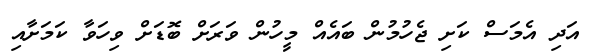
އަދި އެމަސް ކަށި ޖެހުމުން ބައެއް މީހުން ވަރަށް ބޮޑަށް ވިހަވާ ކަމަށާއި